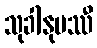
သုခါနုပဿီ